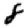
Digit: 8